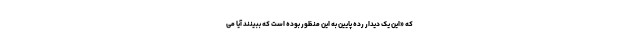
که «این یک دیدار رده پایین به این منظور بوده است که ببینند آیا می